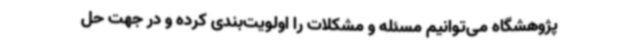
پژوهشگاه می‌توانیم مسئله و مشکلات را اولویت‌بندی کرده و در جهت حل